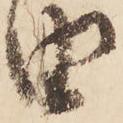
由